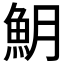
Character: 𩵺